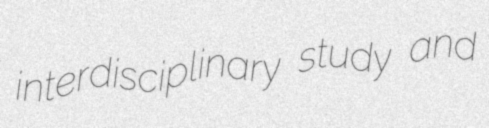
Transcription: interdisciplinary study and